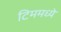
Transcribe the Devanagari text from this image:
टिममध्ये